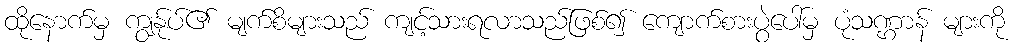
ထိုနောက်မှ ကျွန်ုပ်၏ မျက်စိများသည် ကျင့်သားရလာသည်ဖြစ်၍ ကျောက်စားပွဲပေါ်မှ ပုံသဏ္ဌာန် များကို